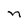
Character: n